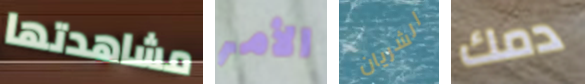
مشاهدتها الأمر الشريان دمك